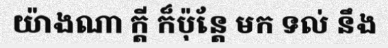
យ៉ាងណា ក្តី ក៏ប៉ុន្តែ មក ទល់ នឹង